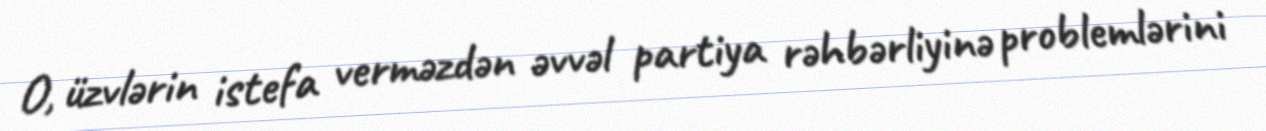
O, üzvlərin istefa verməzdən əvvəl partiya rəhbərliyinə problemlərini